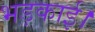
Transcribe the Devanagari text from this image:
भड़काई।